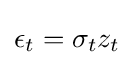
\epsilon _{t}=\sigma _{t}z_{t}